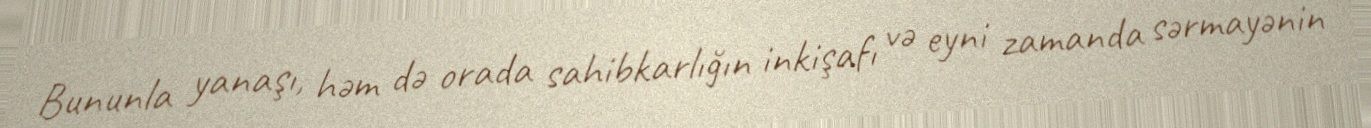
Bununla yanaşı, həm də orada sahibkarlığın inkişafı və eyni zamanda sərmayənin